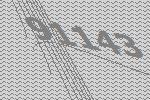
91143